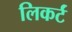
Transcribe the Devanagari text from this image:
लिकर्टं